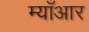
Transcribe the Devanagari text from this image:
म्याँआर